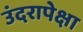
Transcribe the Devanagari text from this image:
उंदरापेक्षा